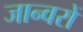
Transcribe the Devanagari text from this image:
जान्वरों